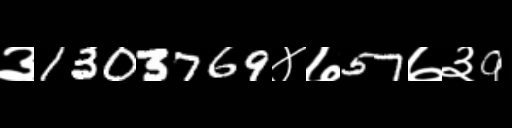
Text: ३1303769४७57७३9